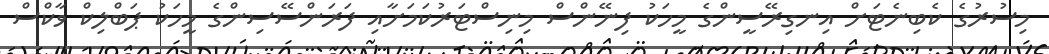
މިސުރުގެ ކެބިނެޓަށް އިނގިރޭސީންގެ މީހަކު ފިނޭންސް މިނިސްޓަރުކަމަށާއި ފަރަންސޭސިންގެ މީހަކު ޕަބްލިކް ވާކްސް